Indian journal of veterinary science and animal husbandry - Volume 1,
Year: 1931
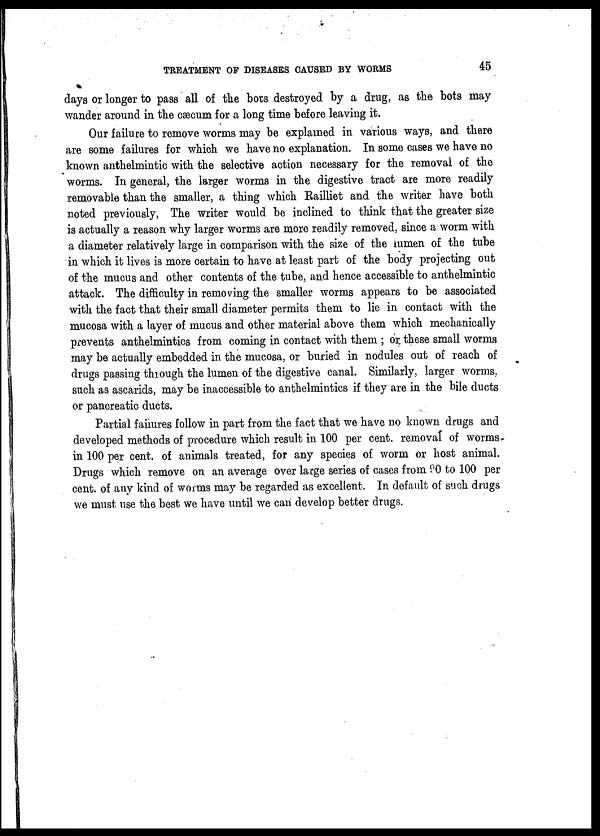
TREATMENT OF DISEASES CAUSED BY WORMS 45
days or longer to pass all of the bots destroyed by a drug, as the bots may
wander around in the cæcum for a long time before leaving it.
Our failure to remove worms may be explained in various ways, and there
are some failures for which we have no explanation. In some cases we have no
known anthelmintic with the selective action necessary for the removal of the
worms. In general, the larger worms in the digestive tract are more readily
removable than the smaller, a thing which Railliet and the writer have both
noted previously, The writer would be inclined to think that the greater size
is actually a reason why larger worms are more readily removed, since a worm with
a diameter relatively large in comparison with the size of the lumen of the tube
in which it lives is more certain to have at least part of the body projecting out
of the mucus and other contents of the tube, and hence accessible to anthelmintic
attack. The difficulty in removing the smaller worms appears to be associated
with the fact that their small diameter permits them to lie in contact with the
mucosa with a layer of mucus and other material above them which mechanically
prevents anthelmintics from coming in contact with them ; or. these small worms
may be actually embedded in the mucosa, or buried in nodules out of reach of
drugs passing through the lumen of the digestive canal. Similarly, larger worms,
such as ascarids, may be inaccessible to anthelmintics if they are in the bile ducts
or pancreatic ducts.
Partial failures follow in part from the fact that we have no known drugs and
developed methods of procedure which result in 100 per cent. removal of worms.
in 100 per cent. of animals treated, for any species of worm or host animal.
Drugs which remove on an average over large series of cases from 90 to 100 per
cent. of any kind of worms may be regarded as excellent. In default of such drugs
we must use the best we have until we can develop better drugs.